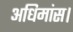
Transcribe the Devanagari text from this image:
अधिमांस।